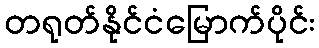
တရုတ်နိုင်ငံမြောက်ပိုင်း